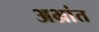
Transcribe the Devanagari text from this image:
अभ्रांत